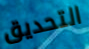
التحديق